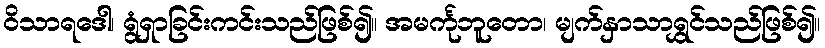
ဝိသာရဒေါ၊ ရွံရှာခြင်းကင်းသည်ဖြစ်၍။ အမင်္ကုဘူတော၊ မျက်နှာသာရွှင်သည်ဖြစ်၍။